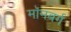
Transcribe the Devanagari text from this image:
मॉनबर्ग